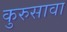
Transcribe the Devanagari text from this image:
कुरुसावा